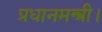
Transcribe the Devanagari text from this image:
प्रधानमन्त्री।